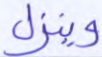
وينزل